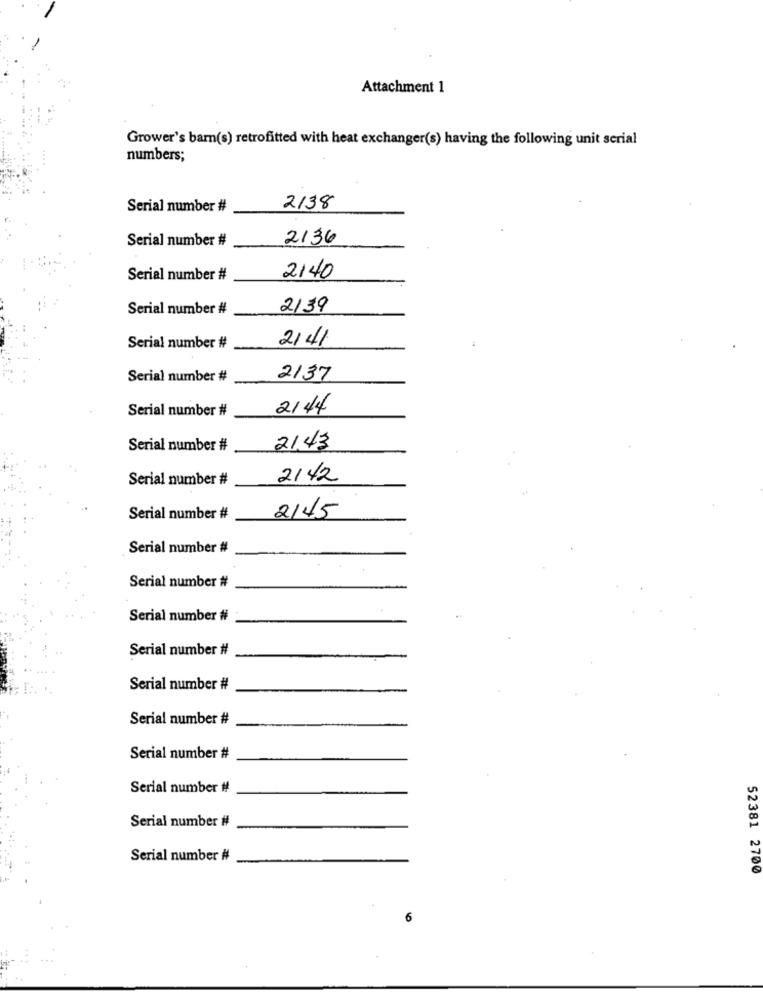
Attachment 1
Grower's barn(s) retrofitted with heat exchanger(s) having the following unit serial
numbers;
Serial number #
2138
Serial number #
2136
Serial number #
2140
Serial number #
2139
2141
Serial number #
Serial number #
2137
Serial number #
2144
Serial number #
21,43
Serial number #
2142
2145
Serial number #
Serial number #
Serial number #
Serial number #
Serial number #
Serial number #
Serial number #
Serial number #
Serial number #
Serial number #
Serial number #
52381 2700